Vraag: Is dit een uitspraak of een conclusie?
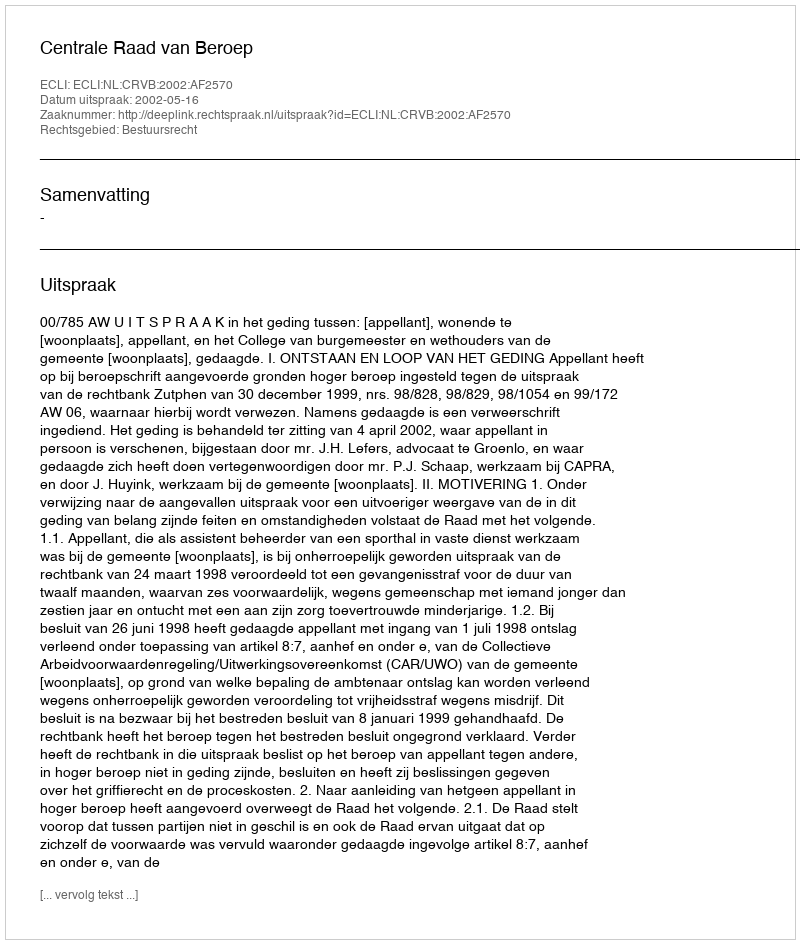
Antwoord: Uitspraak